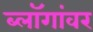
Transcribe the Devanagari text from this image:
ब्लॉगांवर